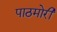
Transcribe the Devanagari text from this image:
पाठमोरी